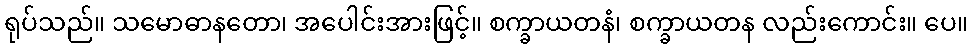
ရုပ်သည်။ သမောဓာနတော၊ အပေါင်းအားဖြင့်။ စက္ခာယတနံ၊ စက္ခာယတန လည်းကောင်း။ ပေ။